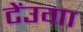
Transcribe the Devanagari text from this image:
टेंउगा